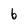
Character: 6